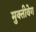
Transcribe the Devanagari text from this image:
मुक्तीवेग